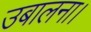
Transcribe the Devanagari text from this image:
उबालना।